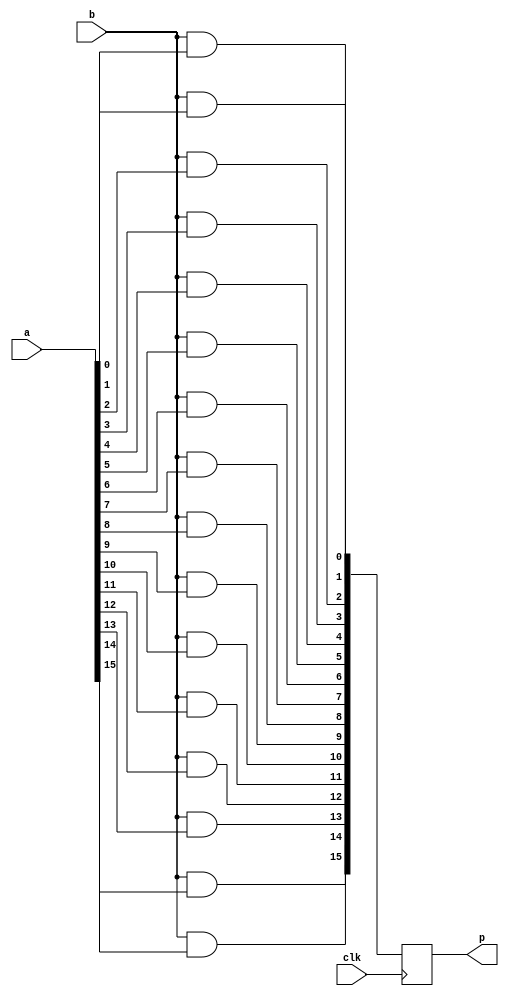
`timescale 1ns / 1ps
//////////////////////////////////////////////////////////////////////////////////
// Company: 
// Engineer: 
// 
// Design Name: 
// Module Name: sixteen_one
// Project Name: 
// Target Devices: 
// Tool Versions: 
// Description: 
// 
// Dependencies: 
// 
// Revision:
// Revision 0.01 - File Created
// Additional Comments:
// 
//////////////////////////////////////////////////////////////////////////////////
module sixteen_one(a,b,clk,p);
    input [15:0] a;
    input b;
    input clk;
    output reg [15:0]p;
    wire [15:0]m;
    and(m[0],b,a[0]);
    and(m[1],b,a[1]);
    and(m[2],b,a[2]);
    and(m[3],b,a[3]);      
   and(m[4],b,a[4]);
   and(m[5],b,a[5]);
   and(m[6],b,a[6]);
   and(m[7],b,a[7]);
   and(m[8],b,a[8]);
   and(m[9],b,a[9]);
   and(m[10],b,a[10]);
   and(m[11],b,a[11]);
   and(m[12],b,a[12]);
   and(m[13],b,a[13]);
   and(m[14],b,a[14]);
   and(m[15],b,a[15]);
   always @(posedge clk)
   begin
   p[0]<=m[0];
   p[1]<=m[1];
   p[2]<=m[2];
   p[3]<=m[3];
   p[4]<=m[4];
   p[5]<=m[5];p[6]<=m[6];
   p[8]<=m[8];p[7]<=m[7];
   p[9]<=m[9];
      p[10]<=m[10];
      p[11]<=m[11];
      p[12]<=m[12];
      p[13]<=m[13];
      p[14]<=m[14];p[15]<=m[15];   
   
   end
 endmodule